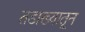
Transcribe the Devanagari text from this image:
तडाख्यातून